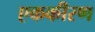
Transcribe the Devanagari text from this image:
एककीरण